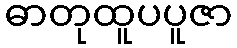
ဓာတုထူပပူဇာ